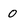
Character: 0